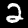
Digit: 2